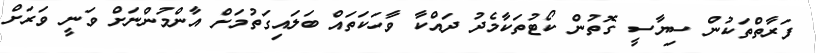
ފަރާތްތަކުން ސިޔާސީ ގޮތުން ކޯޓުތަކާމެދު ދައްކާ ވާހަކަތައް ބަލައިގަތުމަށް އާންމުންނަށް ވަނީ ވަރަށް